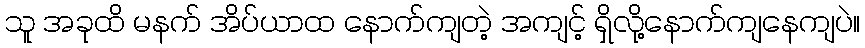
သူ အခုထိ မနက် အိပ်ယာထ နောက်ကျတဲ့ အကျင့် ရှိလို့နောက်ကျနေကျပဲ။